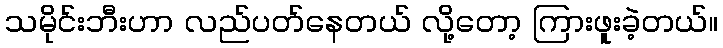
သမိုင်းဘီးဟာ လည်ပတ်နေတယ် လို့တော့ ကြားဖူးခဲ့တယ်။